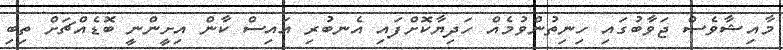
މާއިޝާވެސް ޖަވާބުގައި ހިނިތުންވުމެއް ހަދިޔާކޮށްފައި އެނބުރި އައިސް ކާން އިށީންނީ ބޮޑެއްޗަށް ތިބި